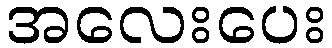
အလေးပေး